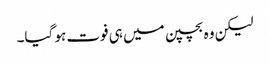
لیکن وہ بچپن میں ہی فوت ہو گیا۔